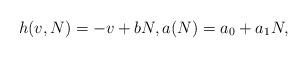
LaTeX: \begin{align*} h(v,N)=-v+bN,a(N)=a_0+a_1N,\end{align*}